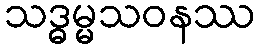
သဒ္ဓမ္မသဝနဿ